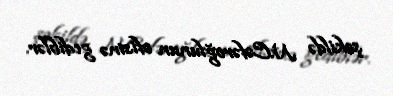
şəkildə N.Cəfəroğlunun ofisinə gediblər.